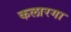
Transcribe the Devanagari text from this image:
कलारगा